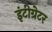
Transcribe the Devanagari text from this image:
इंटीग्रेटर